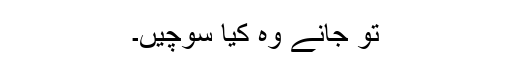
تو جانے وہ کیا سوچیں۔